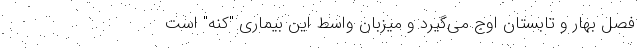
فصل بهار و تابستان اوج می‌گیرد و میزبان واسط این بیماری "کنه" است